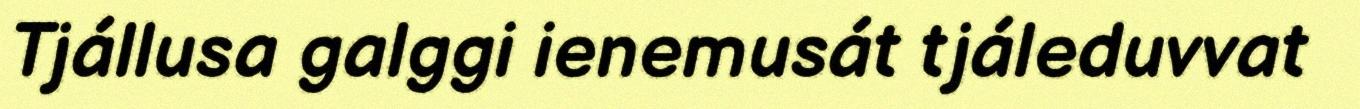
Tjállusa galggi ienemusát tjáleduvvat